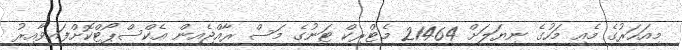
މިއަހަރުގެ މެއި މަހުގެ ނިޔަލަށް 21464 މެޓްރިކް ޓަނުގެ މަސް ރާއްޖެއިން އެކްސްޕޯޓްކޮށްފައިވާއިރު